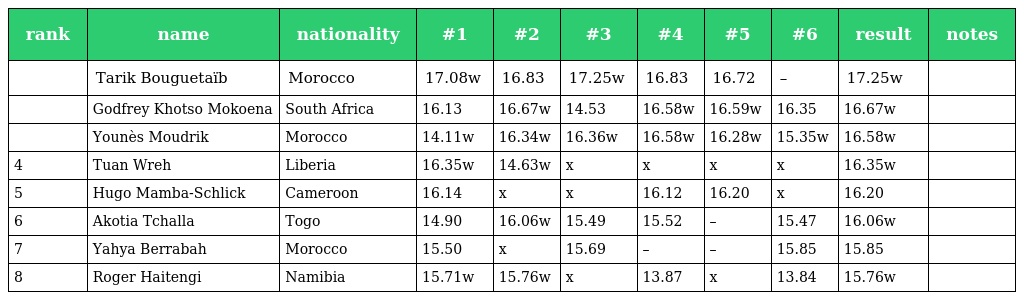
| rank | name | nationality | #1 | #2 | #3 | #4 | #5 | #6 | result | notes |
 | --- | --- | --- | --- | --- | --- | --- | --- | --- | --- | --- |
 |  | Tarik Bouguetaïb | Morocco | 17.08w | 16.83 | 17.25w | 16.83 | 16.72 | – | 17.25w |  |
 |  | Godfrey Khotso Mokoena | South Africa | 16.13 | 16.67w | 14.53 | 16.58w | 16.59w | 16.35 | 16.67w |  |
 |  | Younès Moudrik | Morocco | 14.11w | 16.34w | 16.36w | 16.58w | 16.28w | 15.35w | 16.58w |  |
 | 4 | Tuan Wreh | Liberia | 16.35w | 14.63w | x | x | x | x | 16.35w |  |
 | 5 | Hugo Mamba-Schlick | Cameroon | 16.14 | x | x | 16.12 | 16.20 | x | 16.20 |  |
 | 6 | Akotia Tchalla | Togo | 14.90 | 16.06w | 15.49 | 15.52 | – | 15.47 | 16.06w |  |
 | 7 | Yahya Berrabah | Morocco | 15.50 | x | 15.69 | – | – | 15.85 | 15.85 |  |
 | 8 | Roger Haitengi | Namibia | 15.71w | 15.76w | x | 13.87 | x | 13.84 | 15.76w |  |